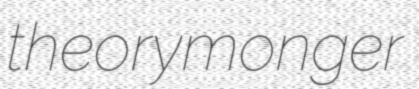
theorymonger